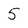
Character: 5